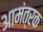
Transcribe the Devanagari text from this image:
आमंत्रक